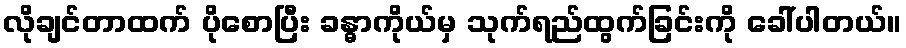
လိုချင်တာထက် ပိုစောပြီး ခန္ဓာကိုယ်မှ သုက်ရည်ထွက်ခြင်းကို ခေါ်ပါတယ်။